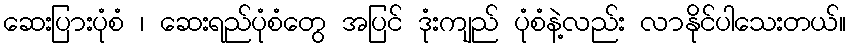
ဆေးပြားပုံစံ ၊ ဆေးရည်ပုံစံတွေ အပြင် ဒုံးကျည် ပုံစံနဲ့လည်း လာနိုင်ပါသေးတယ်။